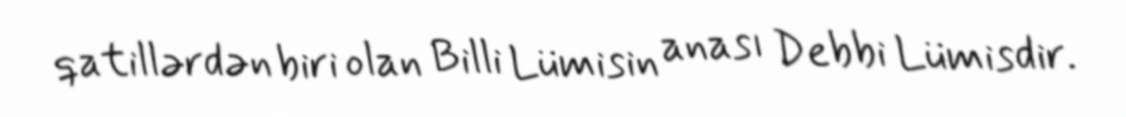
qatillərdən biri olan Billi Lümisin anası Debbi Lümisdir.